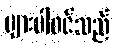
များပါဝင်သည်